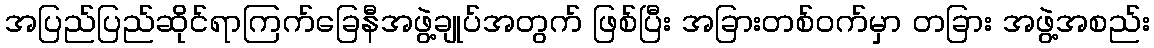
အပြည်ပြည်ဆိုင်ရာကြက်ခြေနီအဖွဲ့ချုပ်အတွက် ဖြစ်ပြီး အခြားတစ်ဝက်မှာ တခြား အဖွဲ့အစည်း